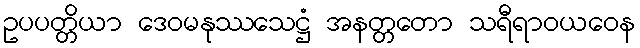
ဥပပတ္တိယာ ဒေဝမနုဿသေဋ္ဌံ အနတ္တတော သရီရာဝယဝေန